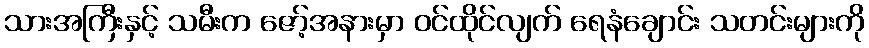
သားအကြီးနှင့် သမီးက ဇော့်အနားမှာ ဝင်ထိုင်လျက် ရေနံချောင်း သတင်းများကို